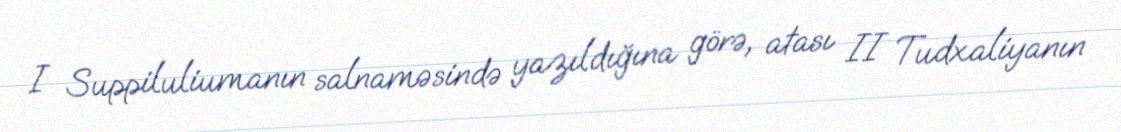
I Suppiluliumanın salnaməsində yazıldığına görə, atası II Tudxaliyanın